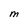
Character: M